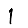
Digit: 1